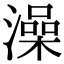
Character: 澡